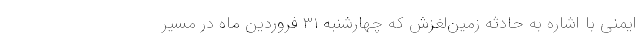
ایمنی با اشاره به حادثه زمین‌لغزش که چهارشنبه ۳۱ فروردین ماه در مسیر